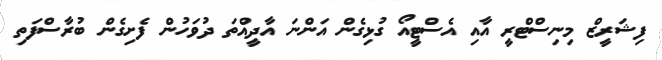
ފިޝަރީޒް މިނިސްޓްރީ އާއި އެސްޓީއޯ ގުޅިގެން އަންނަ އާދީއްތަ ދުވަހުން ފެށިގެން ބުރާސްފަތި